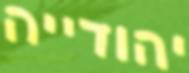
יהודייה